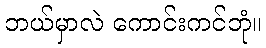
ဘယ်မှာလဲ ကောင်းကင်ဘုံ။